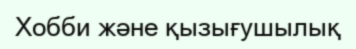
Хобби және қызығушылық